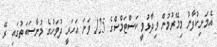
އެމަނިކުފާނު މިމޭރުމުން ވިދާޅުވީ ކަސްޓަަމްސްގެ 125 ވަނަ އަހަރީ ދުވަހުގެ މުނާސަބަތުގައި ރޭ